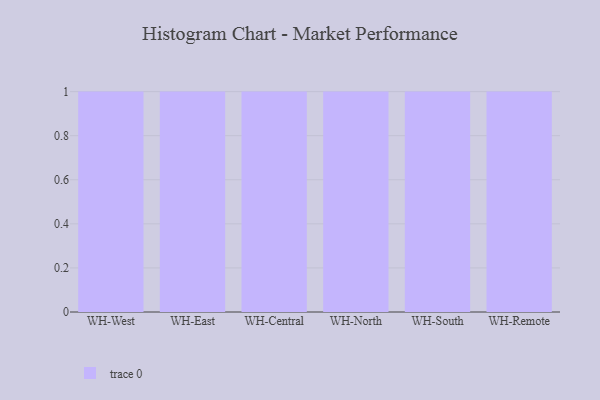
{"axis": {"x": "Warehouse", "y": "Population (Million)"}, "legend": [""], "data": [{"x": "WH-West", "y": 73, "type": ""}, {"x": "WH-East", "y": 44, "type": ""}, {"x": "WH-Central", "y": 82, "type": ""}, {"x": "WH-North", "y": 92, "type": ""}, {"x": "WH-South", "y": 3, "type": ""}, {"x": "WH-Remote", "y": 70, "type": ""}]}